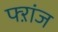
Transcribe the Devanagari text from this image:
फ्ऱांज